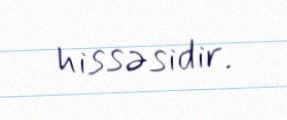
hissəsidir.